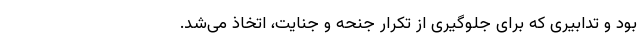
بود و تدابیری که برای جلوگیری از تکرار جنحه و جنایت، اتخاذ می‌شد.